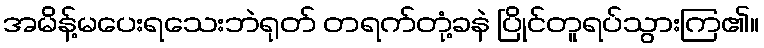
အမိန့်မပေးရသေးဘဲရုတ် တရက်တုံ့ခနဲ ပြိုင်တူရပ်သွားကြ၏။